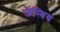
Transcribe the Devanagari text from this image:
जैम्बिय